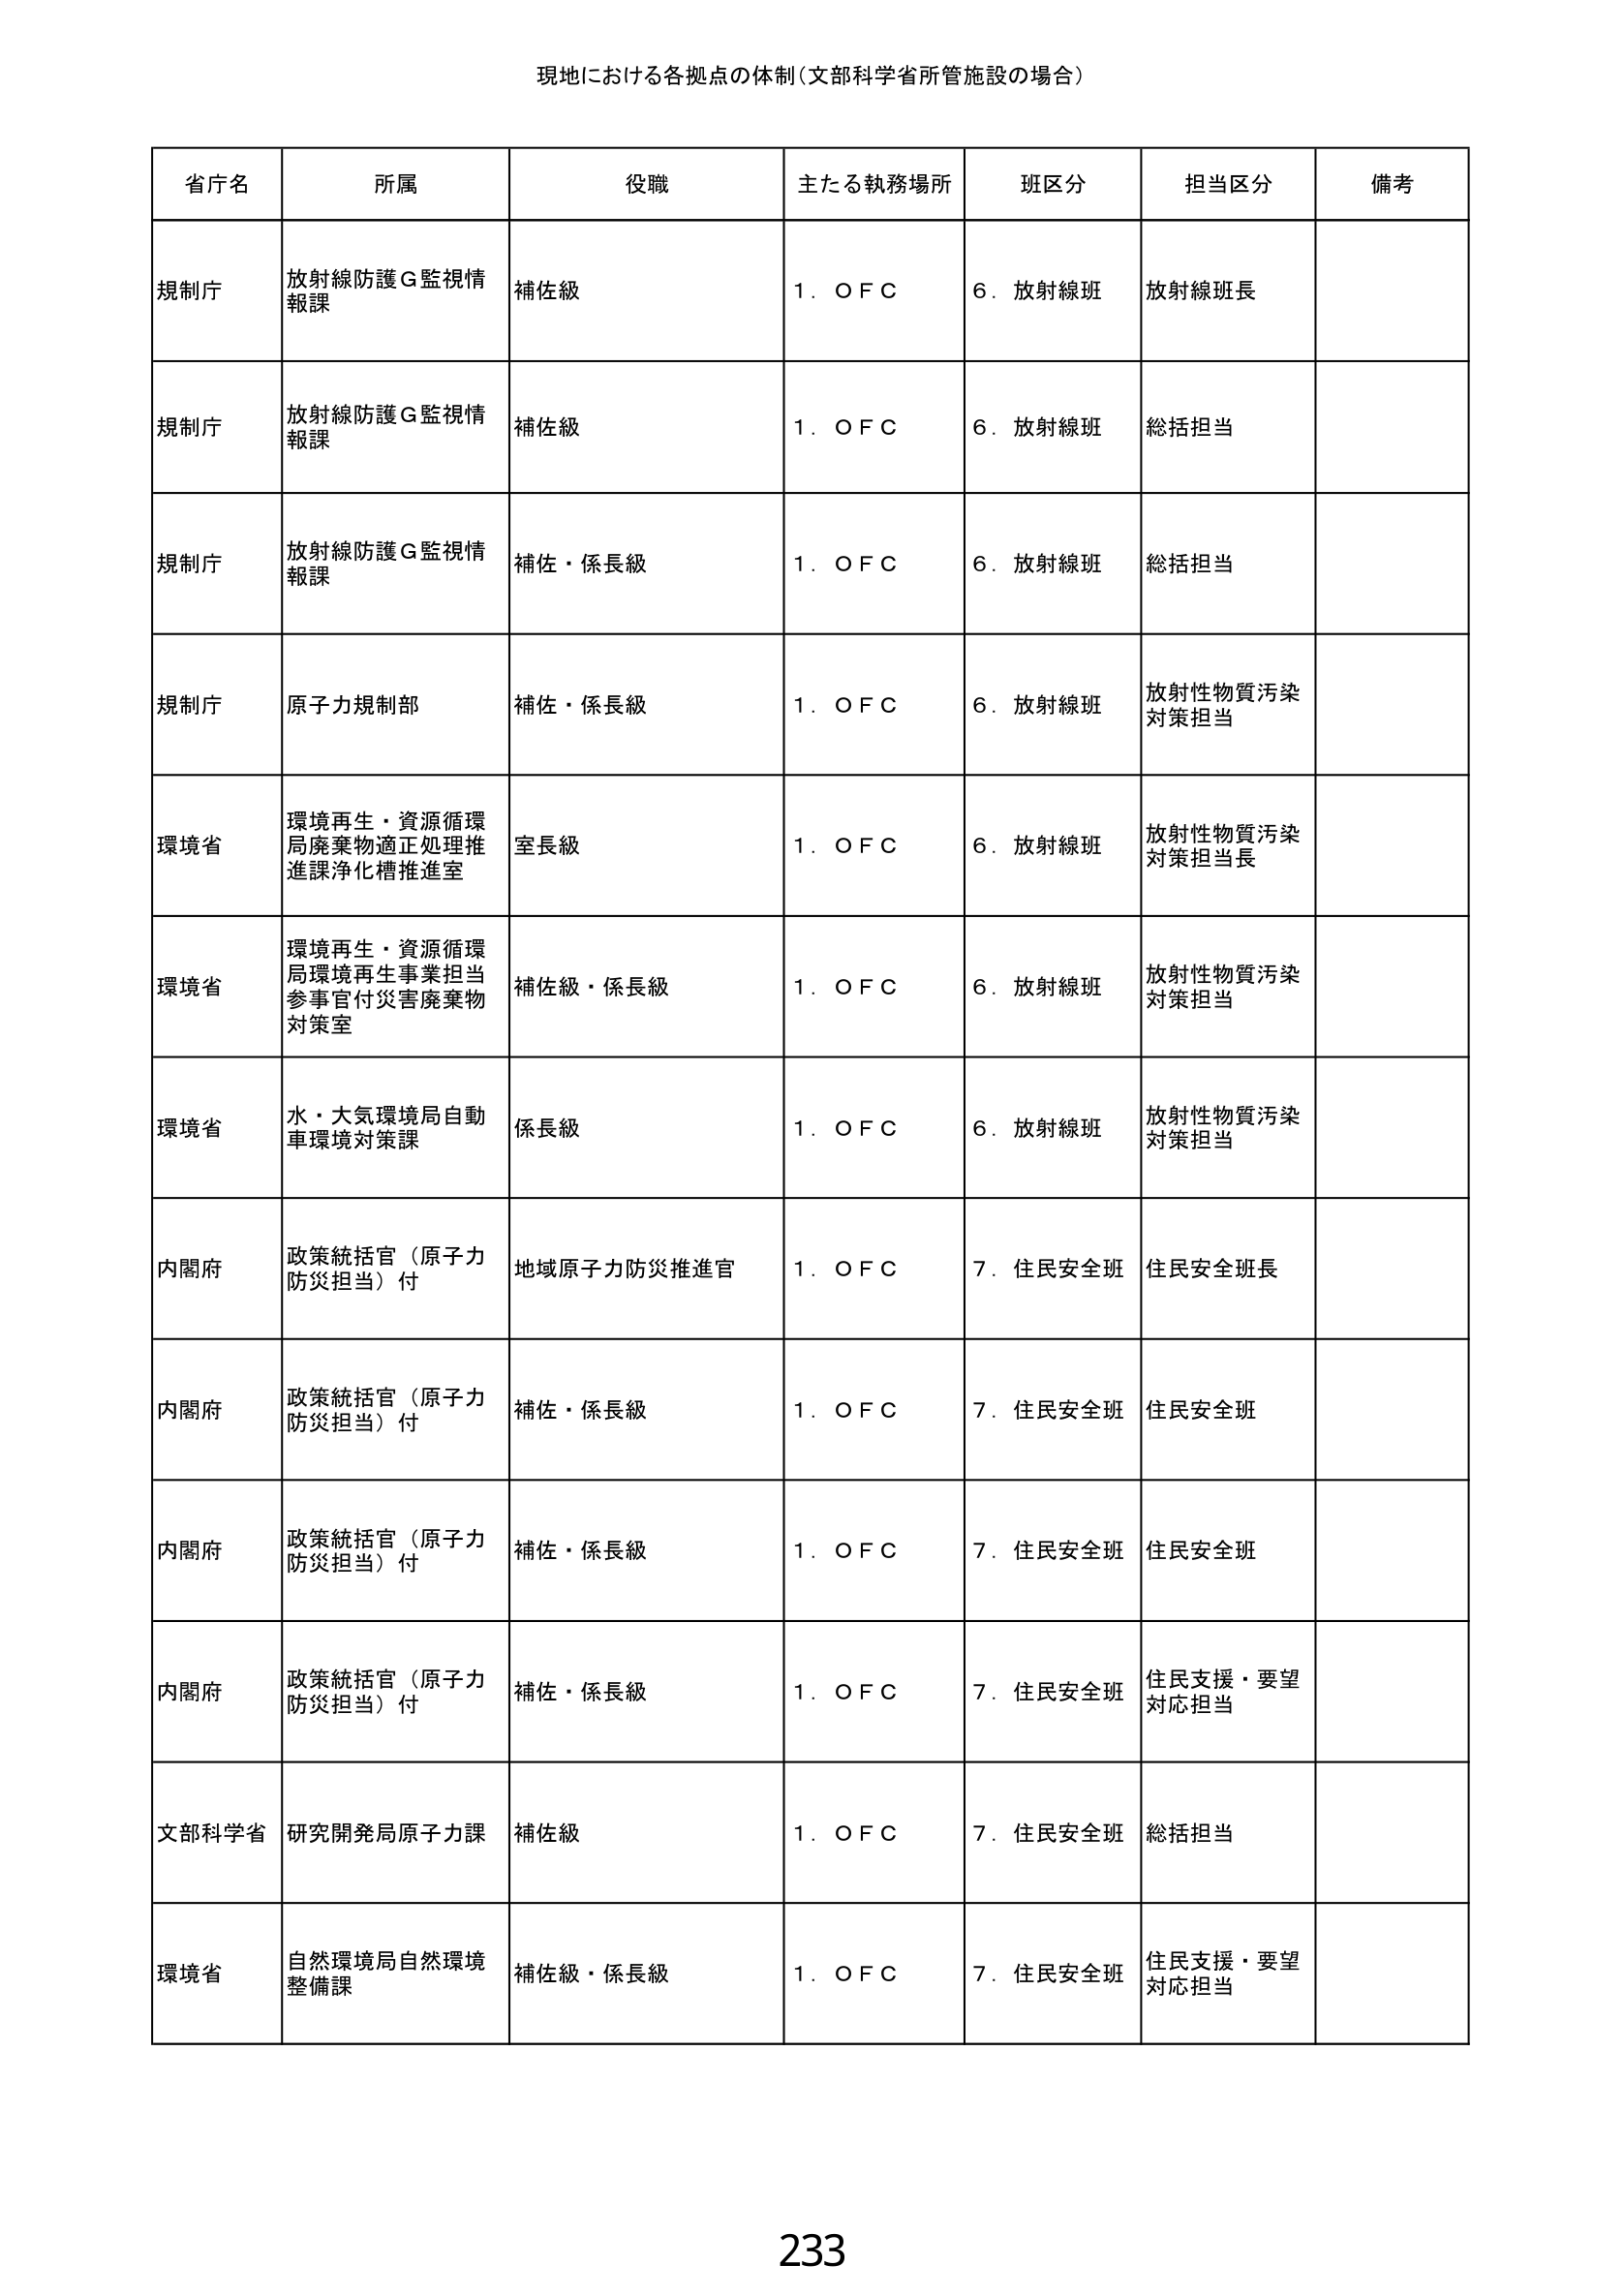
現地における各拠点の体制（文部科学省所管施設の場合）

省庁名　所属　役職　主たる執務場所　班区分　担当区分　備考

規制庁　放射線防護Ｇ監視情報課　補佐級　１．ＯＦＣ　６．放射線班　放射線班長

規制庁　放射線防護Ｇ監視情報課　補佐級　１．ＯＦＣ　６．放射線班　総括担当

規制庁　放射線防護Ｇ監視情報課　補佐・係長級　１．ＯＦＣ　６．放射線班　総括担当

規制庁　原子力規制部　補佐・係長級　１．ＯＦＣ　６．放射線班　放射性物質汚染対策担当

環境省　環境再生・資源循環局廃棄物適正処理推進課浄化槽推進室　室長級　１．ＯＦＣ　６．放射線班　放射性物質汚染対策担当長

環境省　環境再生・資源循環局環境再生事業担当参事官付災害廃棄物対策室　補佐級・係長級　１．ＯＦＣ　６．放射線班　放射性物質汚染対策担当

環境省　水・大気環境局自動車環境対策課　係長級　１．ＯＦＣ　６．放射線班　放射性物質汚染対策担当

内閣府　政策統括官（原子力防災担当）付　地域原子力防災推進官　１．ＯＦＣ　７．住民安全班　住民安全班長

内閣府　政策統括官（原子力防災担当）付　補佐・係長級　１．ＯＦＣ　７．住民安全班　住民安全班

内閣府　政策統括官（原子力防災担当）付　補佐・係長級　１．ＯＦＣ　７．住民安全班　住民安全班

内閣府　政策統括官（原子力防災担当）付　補佐・係長級　１．ＯＦＣ　７．住民安全班　住民支援・要望対応担当

文部科学省　研究開発局原子力課　補佐級　１．ＯＦＣ　７．住民安全班　総括担当

環境省　自然環境局自然環境整備課　補佐級・係長級　１．ＯＦＣ　７．住民安全班　住民支援・要望対応担当

233